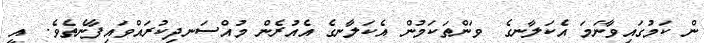
ން ކަމުގައިވާނަމަ އެކަލާނގެ  ވަންތަކަމުން އެކަލާނގެ އެއުރެން މުއްސަނދިކުރައްވައިފާނެތެވެ.  އީ